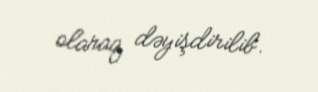
olaraq dəyişdirilib.